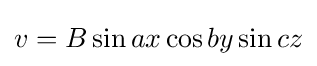
v=B\sin ax\cos by\sin cz